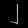
Digit: ၂